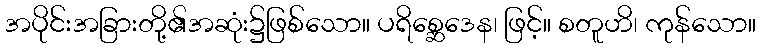
အပိုင်းအခြားတို့၏အဆုံး၌ဖြစ်သော။ ပရိစ္ဆေဒေန၊ ဖြင့်။ စတူဟိ၊ ကုန်သော။